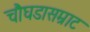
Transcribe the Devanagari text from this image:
चौघडासम्राट